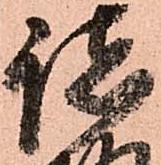
諸